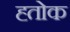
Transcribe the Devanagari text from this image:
ह्तोक